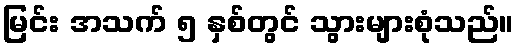
မြင်း အသက် ၅ နှစ်တွင် သွားများစုံသည်။